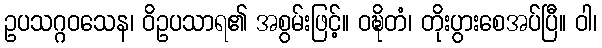
ဥပသဂ္ဂဝသေန၊ ဝိဥပသာရ၏ အစွမ်းဖြင့်။ ဝဍ္ဎိတံ၊ တိုးပွားစေအပ်ပြီ။ ဝါ၊